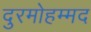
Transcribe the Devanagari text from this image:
दुरमोहम्मद